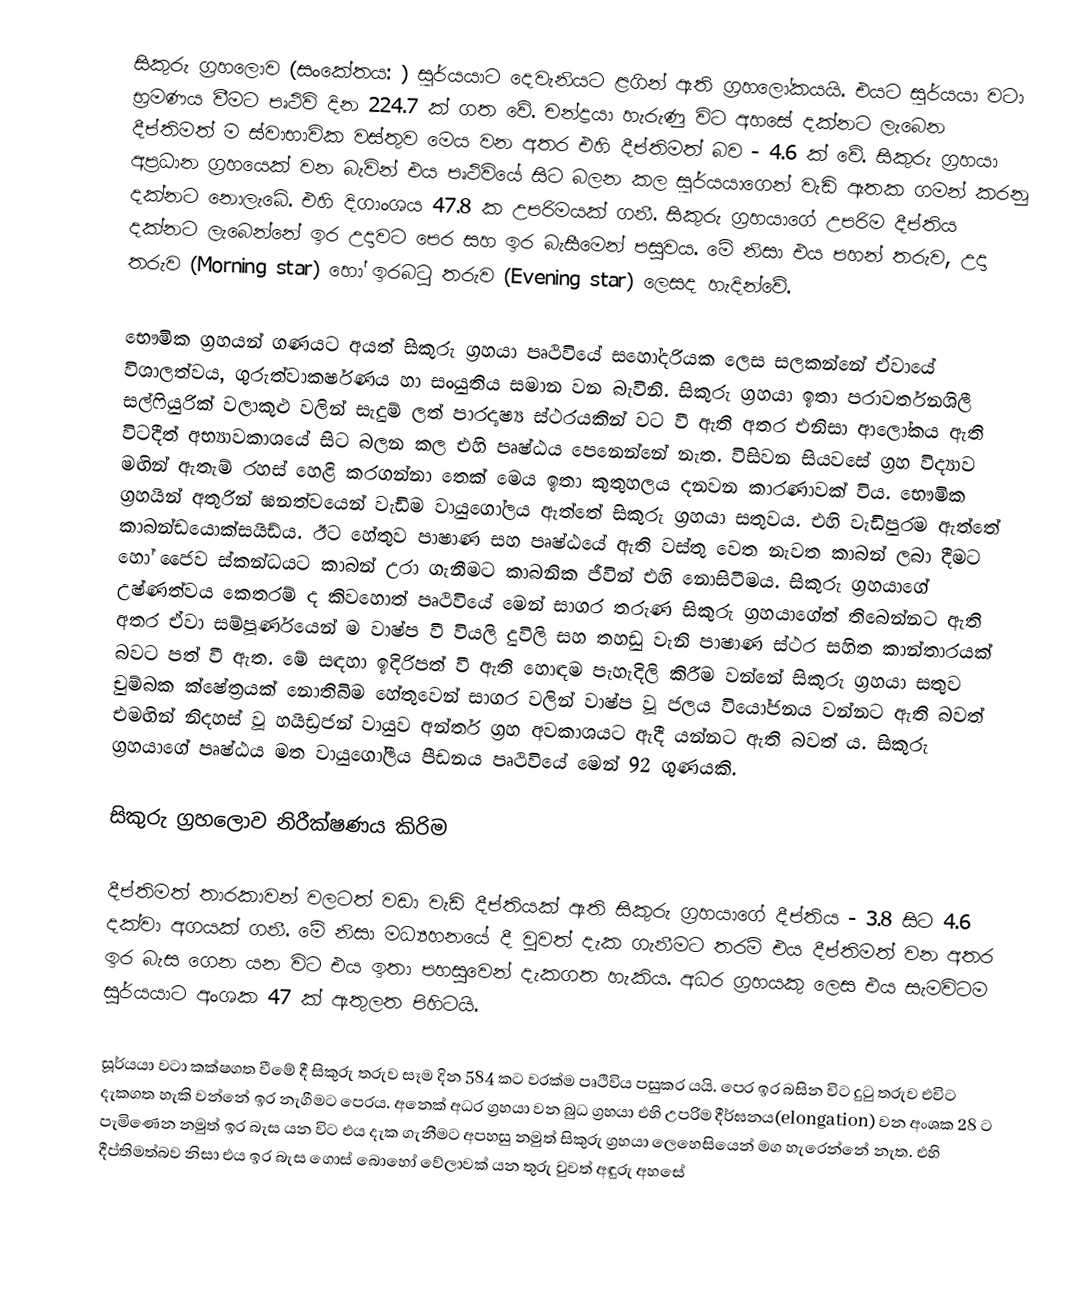
සිකුරු ග්‍රහලොව (සංකේතය: ) සූර්යයාට දෙවැනියට ළගින් ඇති ග්‍රහලෝකයයි. එයට සූර්යයා වටා භ්‍රමණය වීමට පෘථිවි දින 224.7 ක් ගත වේ. චන්ද්‍රයා හැරුණු විට අහසේ දක්නට ලැබෙන  දීප්තිමත් ම ස්වාභාවික වස්තුව මෙය වන අතර එහි දීප්තිමත් බව - 4.6 ක් වේ. සිකුරු ග්‍රහයා අප්‍රධාන ග්‍රහයෙක් වන බැවින් එය පෘථිවියේ සිට බලන කල සූර්යයාගෙන් වැඩි ඈතක ගමන් කරනු දක්නට නොලැබේ. එහි දිගාංශය 47.8 ක උපරිමයක් ගනී. සිකුරු ග්‍රහයාගේ උපරිම දීප්තිය දක්නට ලැබෙන්නේ ඉර උදාවට පෙර සහ ඉර බැසීමෙන් පසුවය. මේ නිසා එය පහන් තරුව, උදා තරුව (Morning star) හෝ ඉරබටු තරුව  (Evening star)  ලෙසද හැදින්වේ.

භෞමික ග්‍රහයන් ගණයට අයත් සිකුරු ග්‍රහයා පෘථිවියේ සහෝදරියක ලෙස සලකන්නේ ඒවායේ විශාලත්වය, ගුරුත්වාකර්ෂණය හා සංයුතිය සමාන වන බැවිනි. සිකුරු ග්‍රහයා ඉතා පරාවර්තනශිලී සල්ෆියුරික් වලාකුළු වලින් සැදුම් ලත්  පාරදෘෂ්‍ය ස්ථරයකින් වට වී ඇති අතර  එනිසා ආලෝකය ඇති විටදීත් අභ්‍යාවකාශයේ සිට බලන කල එහි පෘෂ්ඨය පෙනෙන්නේ නැත. විසිවන සියවසේ ග්‍රහ විද්‍යාව මඟින්  ඇතැම් රහස් හෙළි කරගන්නා තෙක් මෙය ඉතා කුතුහලය දනවන කාරණාවක් විය. භෞමික ග්‍රහයින් අතුරින්  ඝනත්වයෙන් වැඩිම වායුගෝලය ඇත්තේ සිකුරු ග්‍රහයා සතුවය. එහි වැඩිපුරම ඇත්තේ කාබන්ඩයොක්සයිඩ්ය. ඊට හේතුව පාෂාණ සහ ‍පෘෂ්ඨයේ ඇති වස්තු වෙත නැවත කාබන් ලබා දීමට හෝ ජෛව ස්කන්ධයට  කාබන් උරා ගැනීමට කාබනික ජීවින් එහි නොසිටීමය. සිකුරු ග්‍රහයාගේ උෂ්ණත්වය කෙතරම් ද කිවහොත් පෘථිවියේ මෙන් සාගර තරුණ සිකුරු ග්‍රහයාගේත් තිබෙන්නට ඇති අතර ඒවා සම්පූර්ණයෙන් ම වාෂ්ප වී වියලි දුවිලි සහ තහඩු වැනි පාෂාණ ස්ථර සහිත කාන්තාරයක් බවට පත් වී ඇත. මේ සඳහා ඉදිරිපත් වී ඇති හොඳම පැහැදිලි කිරීම වන්නේ සිකුරු ග්‍රහයා සතුව චුම්බක ක්ෂේත්‍රයක් නොතිබිම හේතුවෙන් සාගර වලින් වාෂ්ප වූ ජලය වියෝජනය වන්නට ඇති බවත් එමඟින් නිදහස් වූ හයිඩ්‍රජන් වායුව  අන්තර් ග්‍රහ අවකාශයට ඇදී යන්නට ඇති බවත් ය. සිකුරු ග්‍රහයාගේ පෘෂ්ඨය මත වායුගෝලීය පීඩනය පෘථිවියේ මෙන් 92 ගුණයකි.

සිකුරු ග්‍රහලොව නිරීක්ෂණය කිරිම

දීප්තිමත් තාරකාවන් වලටත් වඩා වැඩි දීප්තියක් ඇති සිකුරු ග්‍රහයාගේ දීප්තිය - 3.8 සිට 4.6 දක්වා අගයක් ගනී. මේ නිසා මධ්‍යහනයේ දී වුවත් දැක ගැනීමට තරම් එය දීප්තිමත් වන අතර ඉර බැස ගෙන යන විට එය ඉතා පහසුවෙන් දැකගත හැකිය. අධර ග්‍රහයකු ලෙස එය  සැමවිටම සුර්යයාට අංශක 47 ක් ඇතුලත පිහිටයි.

සූර්යයා වටා කක්ෂගත වීමේ දී සිකුරු තරුව සෑම දින 584 කට වරක්ම පෘථිවිය පසුකර යයි. පෙර ඉර බසින විට දුටු තරුව එවිට දැකගත හැකි වන්නේ ඉර නැගීමට පෙරය. අනෙක් අධර ග්‍රහයා වන බුධ ග්‍රහයා එහි උපරිම දීර්ඝනය(elongation) වන අංශක 28 ට පැමිණෙන නමුත් ඉර බැස යන විට  එය දැක ගැනීමට අපහසු නමුත් සිකුරු ග්‍රහයා ලෙහෙසියෙන් මග හැරෙන්නේ නැත. එහි දීප්තිමත්බව නිසා එය ඉර බැස ගොස් බොහෝ වේලාවක් යන තුරු වුවත් අඳුරු අහසේ